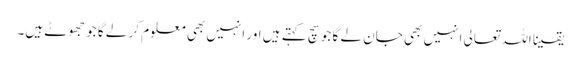
یقینا اللہ تعالی انہیں بھی جان لے گا جو سچ کہتے ہیں اور انہیں بھی معلوم کر لے گا جو جھوٹے ہیں۔